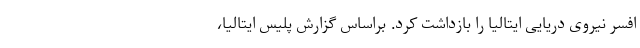
افسر نیروی دریایی ایتالیا را بازداشت کرد. براساس گزارش پلیس ایتالیا،